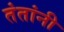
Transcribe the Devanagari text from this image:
तंतांनी